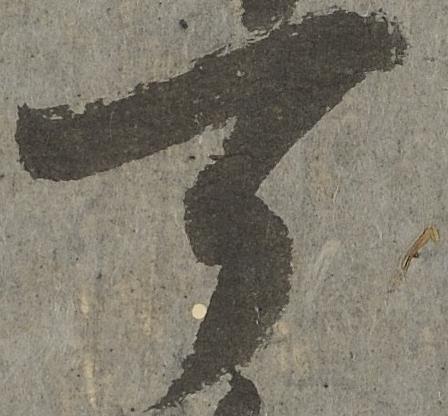
可